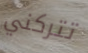
تتركني